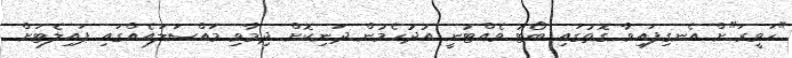
"ހަވީރަ"ށް އެނގިފައިވާ ގޮތުގައި ބޯޓު ވެއްޓުނީ އުދުހެމުން ދަނިކޮށް ދިމާވި މައްސަލައެއްގައި ޕައިލެޓަށް